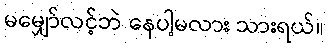
မမျှော်လင့်ဘဲ နေပါ့မလား သားရယ်။